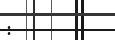
: